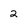
Character: 2